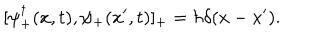
LaTeX: [ \psi _ { + } ^ { \dagger } ( x , t ) , \psi _ { + } ( x ^ { \prime } , t ) ] _ { + } = \hbar \delta ( x - x ^ { \prime } ) .